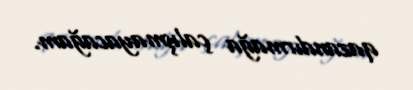
qazandırmağa çalışmayacağam.